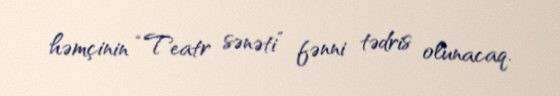
həmçinin “Teatr sənəti” fənni tədris olunacaq.